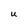
Character: U